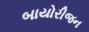
બાયોરીજન